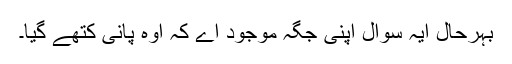
بہرحال ایہ سوال اپنی جگہ موجود اے کہ اوہ پانی کتھے گیا۔